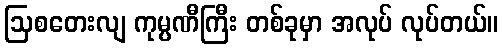
ဩစတေးလျ ကုမ္ပဏီကြီး တစ်ခုမှာ အလုပ် လုပ်တယ်။